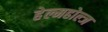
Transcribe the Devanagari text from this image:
हेल्महोल्ज